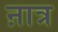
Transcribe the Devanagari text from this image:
ऩात्र